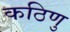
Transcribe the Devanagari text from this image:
कठिणु